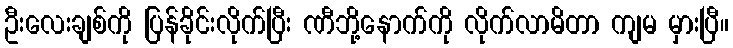
ဦးလေးချစ်ကို ပြန်ခိုင်းလိုက်ပြီး ဏီဘို့နောက်ကို လိုက်လာမိတာ ကျမ မှားပြီ။